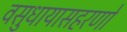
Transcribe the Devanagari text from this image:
वसुधायासहरणो